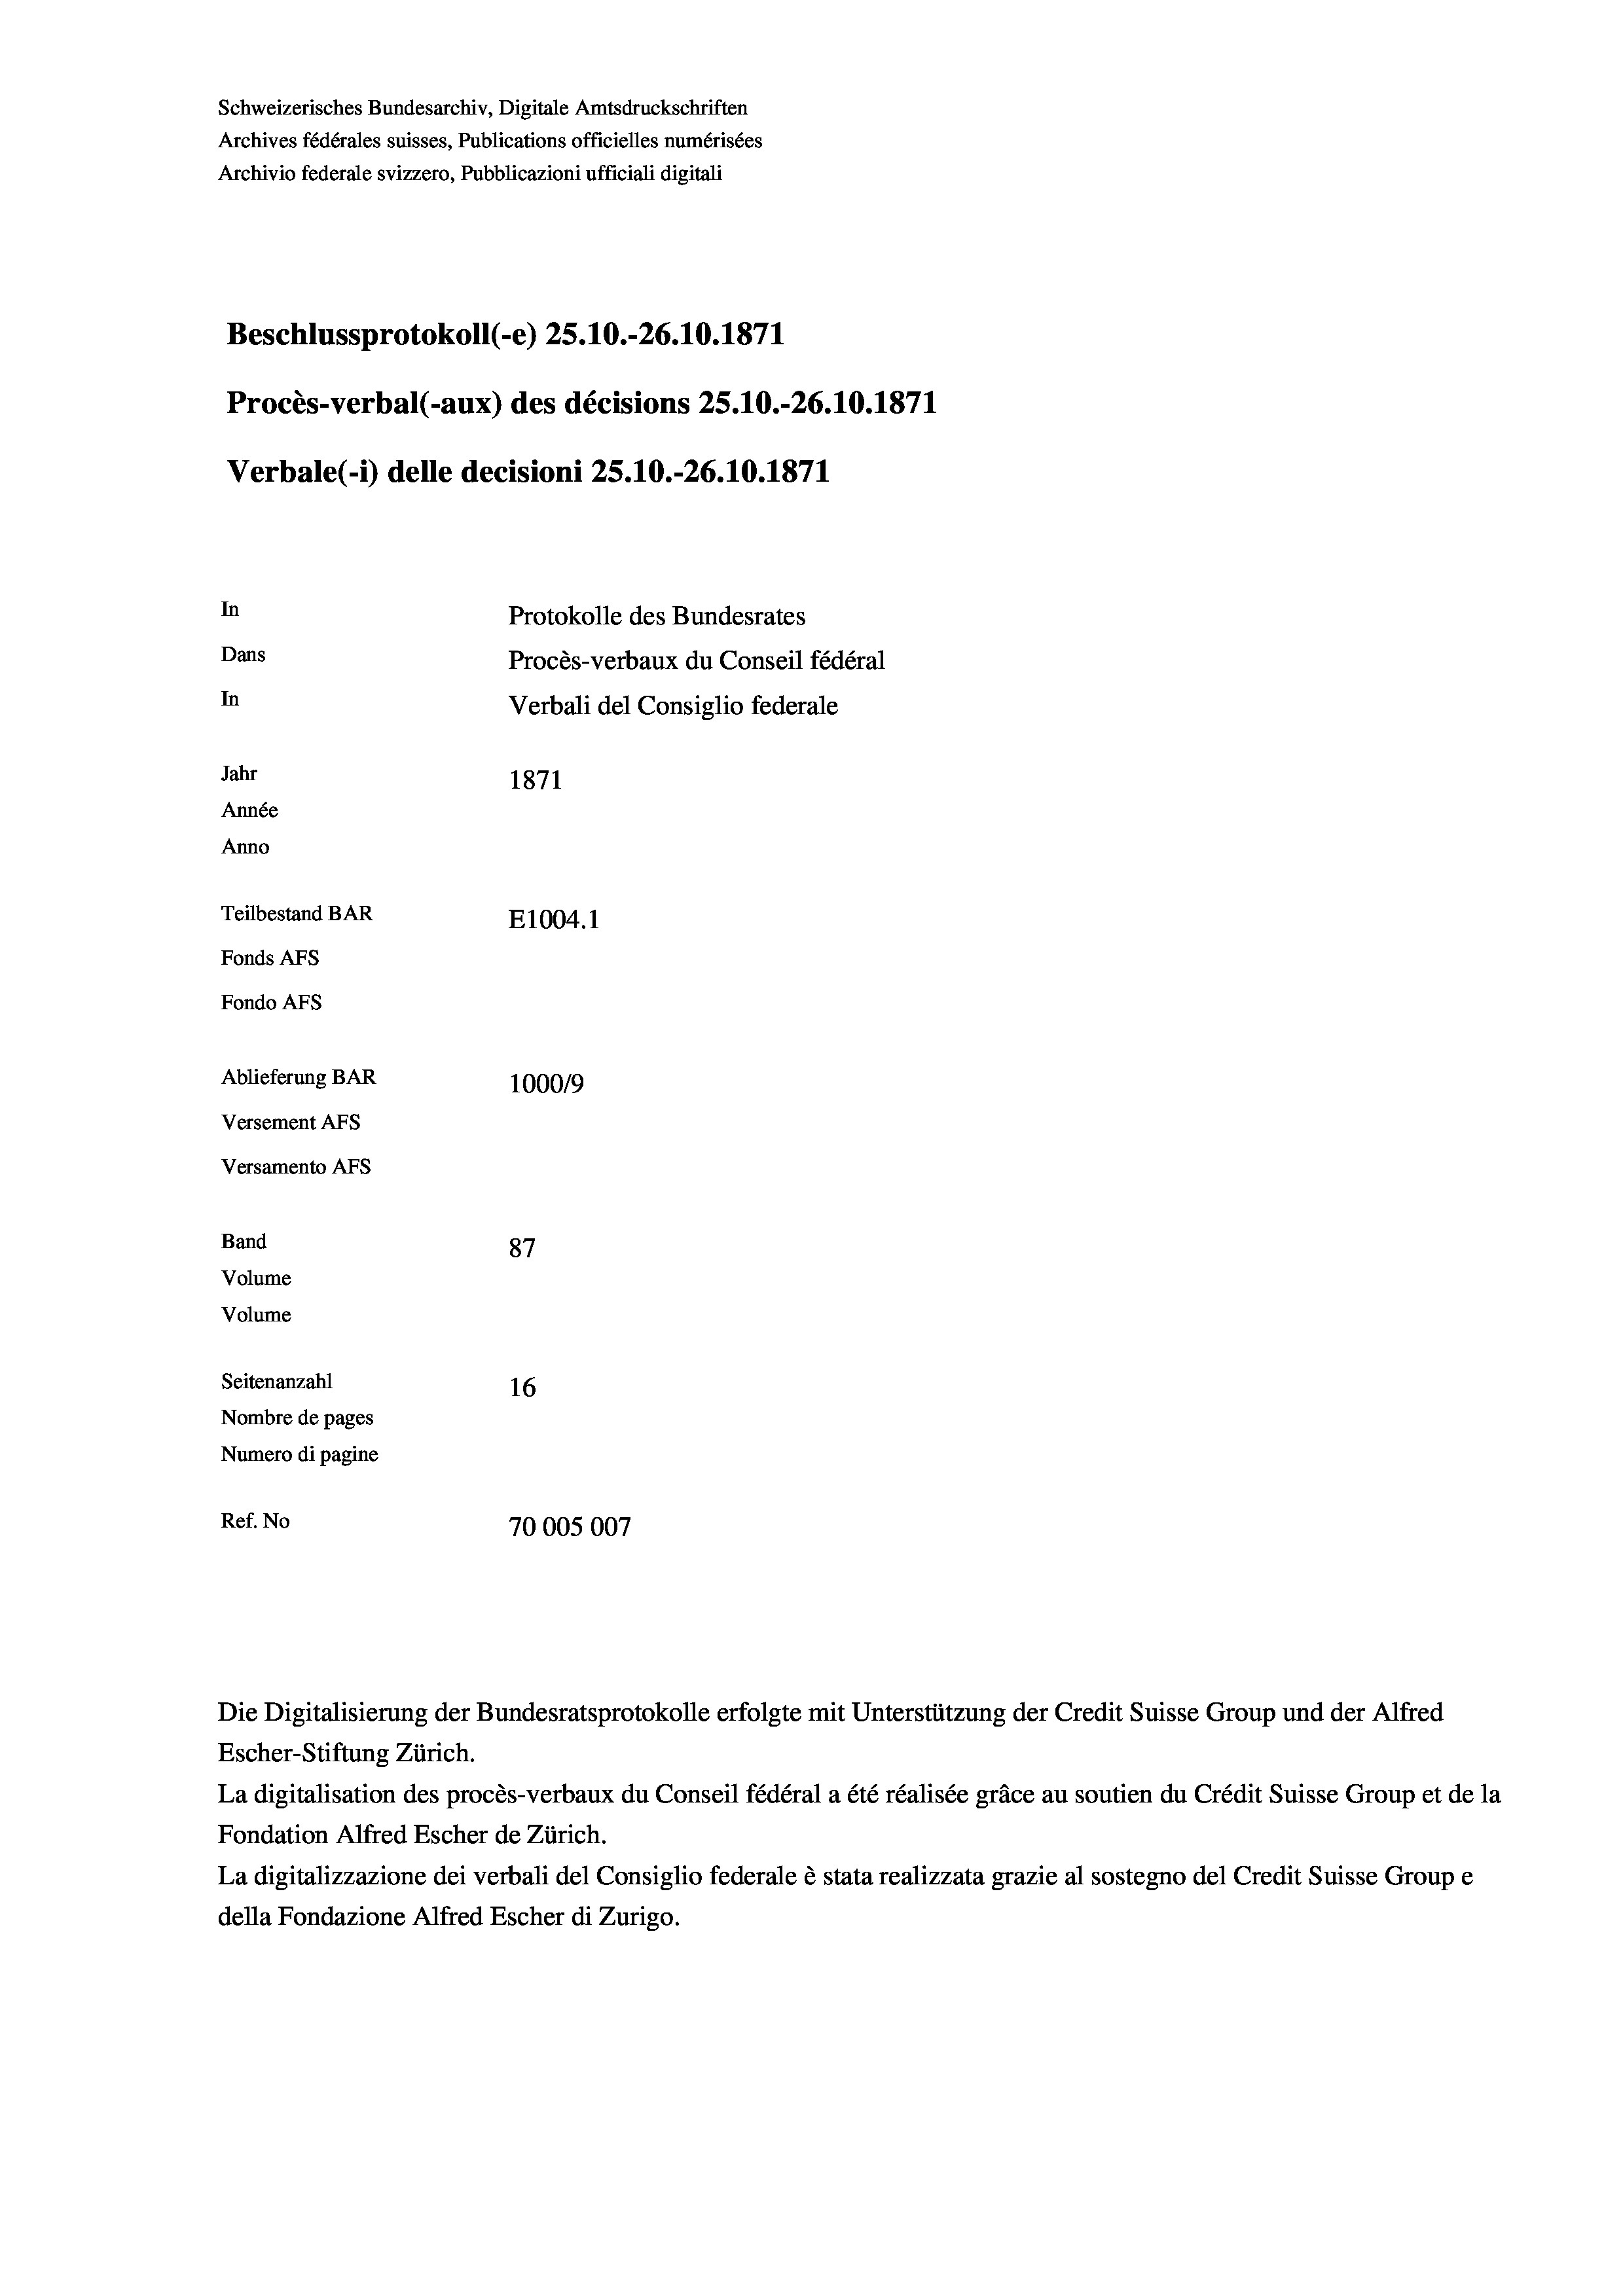
Schweizerisches Bundesarchiv, Digitale Amtsdruckschriften
Archives fédérales suisses, Publications officielles numérisées
Archivio federale svizzero, Pubblicazioni ufficiali digitali
Beschlussprotokoll (-e) 25.10.-26.10.1871
Procès-verbal (-aux) des décisions 25.10.-26.10.1871
Verbale(-*) delle decisioni 25.10.-26.10.1871
In
Protokolle des Bundesrates
Dans
Procès-verbaux du Conseil fédéral
In
Verbali del Consiglio federale
Jahr
1871
Année
Anno
Teilbestand BAR
E1004.1
Fonds Afs
Fondo AFS
Ablieferung BAR
100019
Versement Ans
Versamento Afs
Band
87
Volume
Volume
Seitenanzahl
16
Nombre de pages
Numero di pagine
Ref. No
70005007

Die Digitalisierung der Bundesratsprotokolle erfolgte mit Unterstützung der Credit Suisse Group und der Alfred

Escher-Stiftung Zürich.
La digitalisation des procès-verbaux du Conseil fédéral a été réalisée gräce au soutien du Crédit Suisse Group et de la
Fondation Alfred Escher de Zürich.
La digitalizzazione dei verbali del Consiglio federale è stata realizzata grazie al sostegno del Credit Suisse Groupe
della Fondazione Alfred Escher di Zurigo.